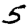
Digit: 5